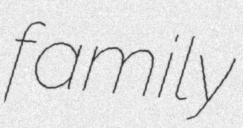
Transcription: family